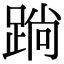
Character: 䠀